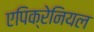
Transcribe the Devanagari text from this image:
एपिक्रेनियल